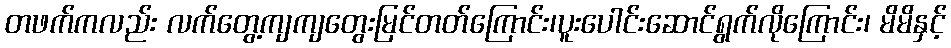
တဖက်ကလည်း လက်တွေ့ကျကျတွေးမြင်တတ်ကြောင်း၊ပူးပေါင်းဆောင်ရွက်လိုကြောင်း၊ မိမိနှင့်